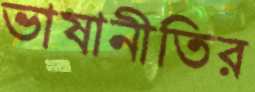
ভাষানীতির